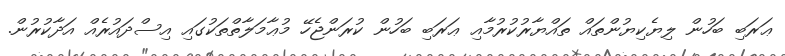
ޢަރަބި ބަހުން ލިޔެކިޔުންތައް ތައްޔާރުކުރުމާއި ޢަރަބި ބަހުން ކުރަންޖެހޭ މުޢާމަލާތްތަކުގައި އިސްދައުރެއް އަދާކުރުން.